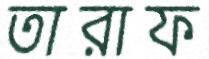
তারাফ